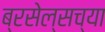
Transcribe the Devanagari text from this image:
ब्रसेल्सच्या